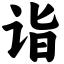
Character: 诣